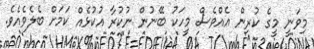
މިވަނީ މީގެ ކުރިން އެއްވެސް މީހަކު ބޭނުން ނުކުރާ އުކުޅެއް ކަމަށް ބެލެވެއެވެ.